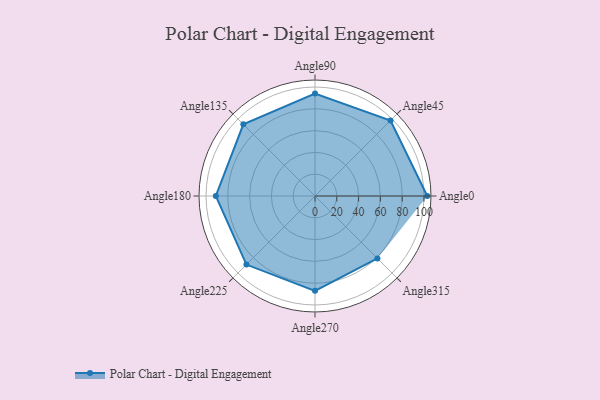
{"axis": {"x": "Angle", "y": "Radius"}, "legend": [""], "data": [{"x": "Angle0", "y": 103.0, "type": ""}, {"x": "Angle45", "y": 98.0, "type": ""}, {"x": "Angle90", "y": 94.0, "type": ""}, {"x": "Angle135", "y": 93.0, "type": ""}, {"x": "Angle180", "y": 91.0, "type": ""}, {"x": "Angle225", "y": 89.0, "type": ""}, {"x": "Angle270", "y": 87.0, "type": ""}, {"x": "Angle315", "y": 81.0, "type": ""}]}